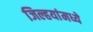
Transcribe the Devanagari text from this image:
जिल्हयांमध्ये